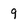
Character: 9